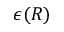
\epsilon ( R )